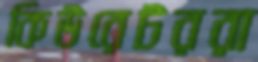
কিউরেটররা